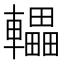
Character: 轠